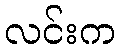
လင်းက